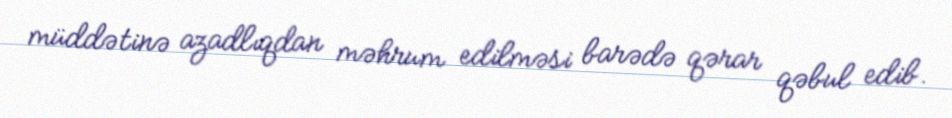
müddətinə azadlıqdan məhrum edilməsi barədə qərar qəbul edib.